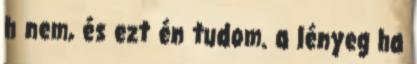
h nem, és ezt én tudom. a lényeg ha